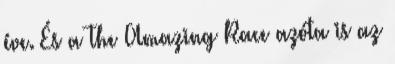
éve. És a The Amazing Race azóta is az